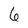
Character: 6